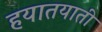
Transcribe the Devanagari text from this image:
हयातयाती